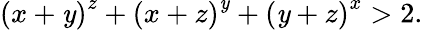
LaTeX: \left(x+\mathit{y}\right)^{z}+\left(x+z\right)^{\mathit{y}}+\left(\mathit{y}+z\right)^{x}>2.